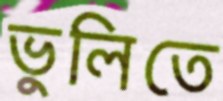
ভুলিতে